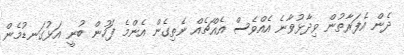
ދެން އެފަރާތުން ވިދާޅުވާނެ އެއްވެސް އެއްޗެއް ނެތިގެން އެންމެ ފަހުން ބުނީ އަޅުގަނޑުމެން